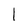
Character: 1